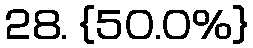
28. {50.0%}